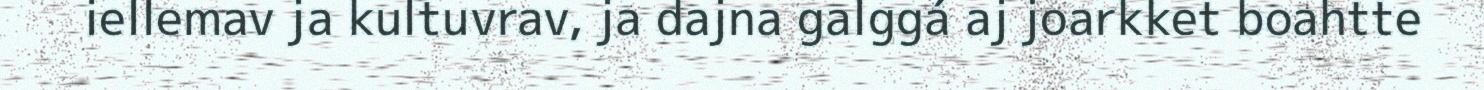
iellemav ja kultuvrav, ja dajna galggá aj joarkket boahtte